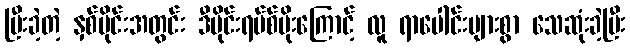
ပြီးခဲ့တဲ့ နှစ်ပိုင်းအတွင်း ဒီဗိုင်းရပ်စ်ပိုးကြောင့် လူ ရာပေါင်းများစွာ သေဆုံးခဲ့ပြီး